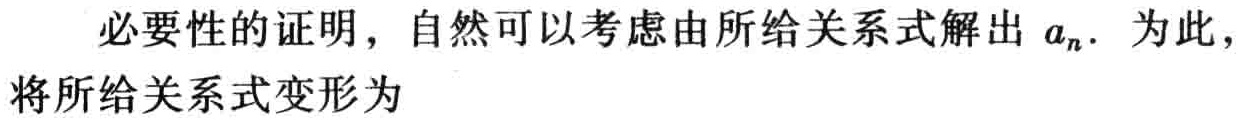
必要性的证明，自然可以考虑由所给关系式解出 \(a_{n}\). 为此，将所给关系式变形为